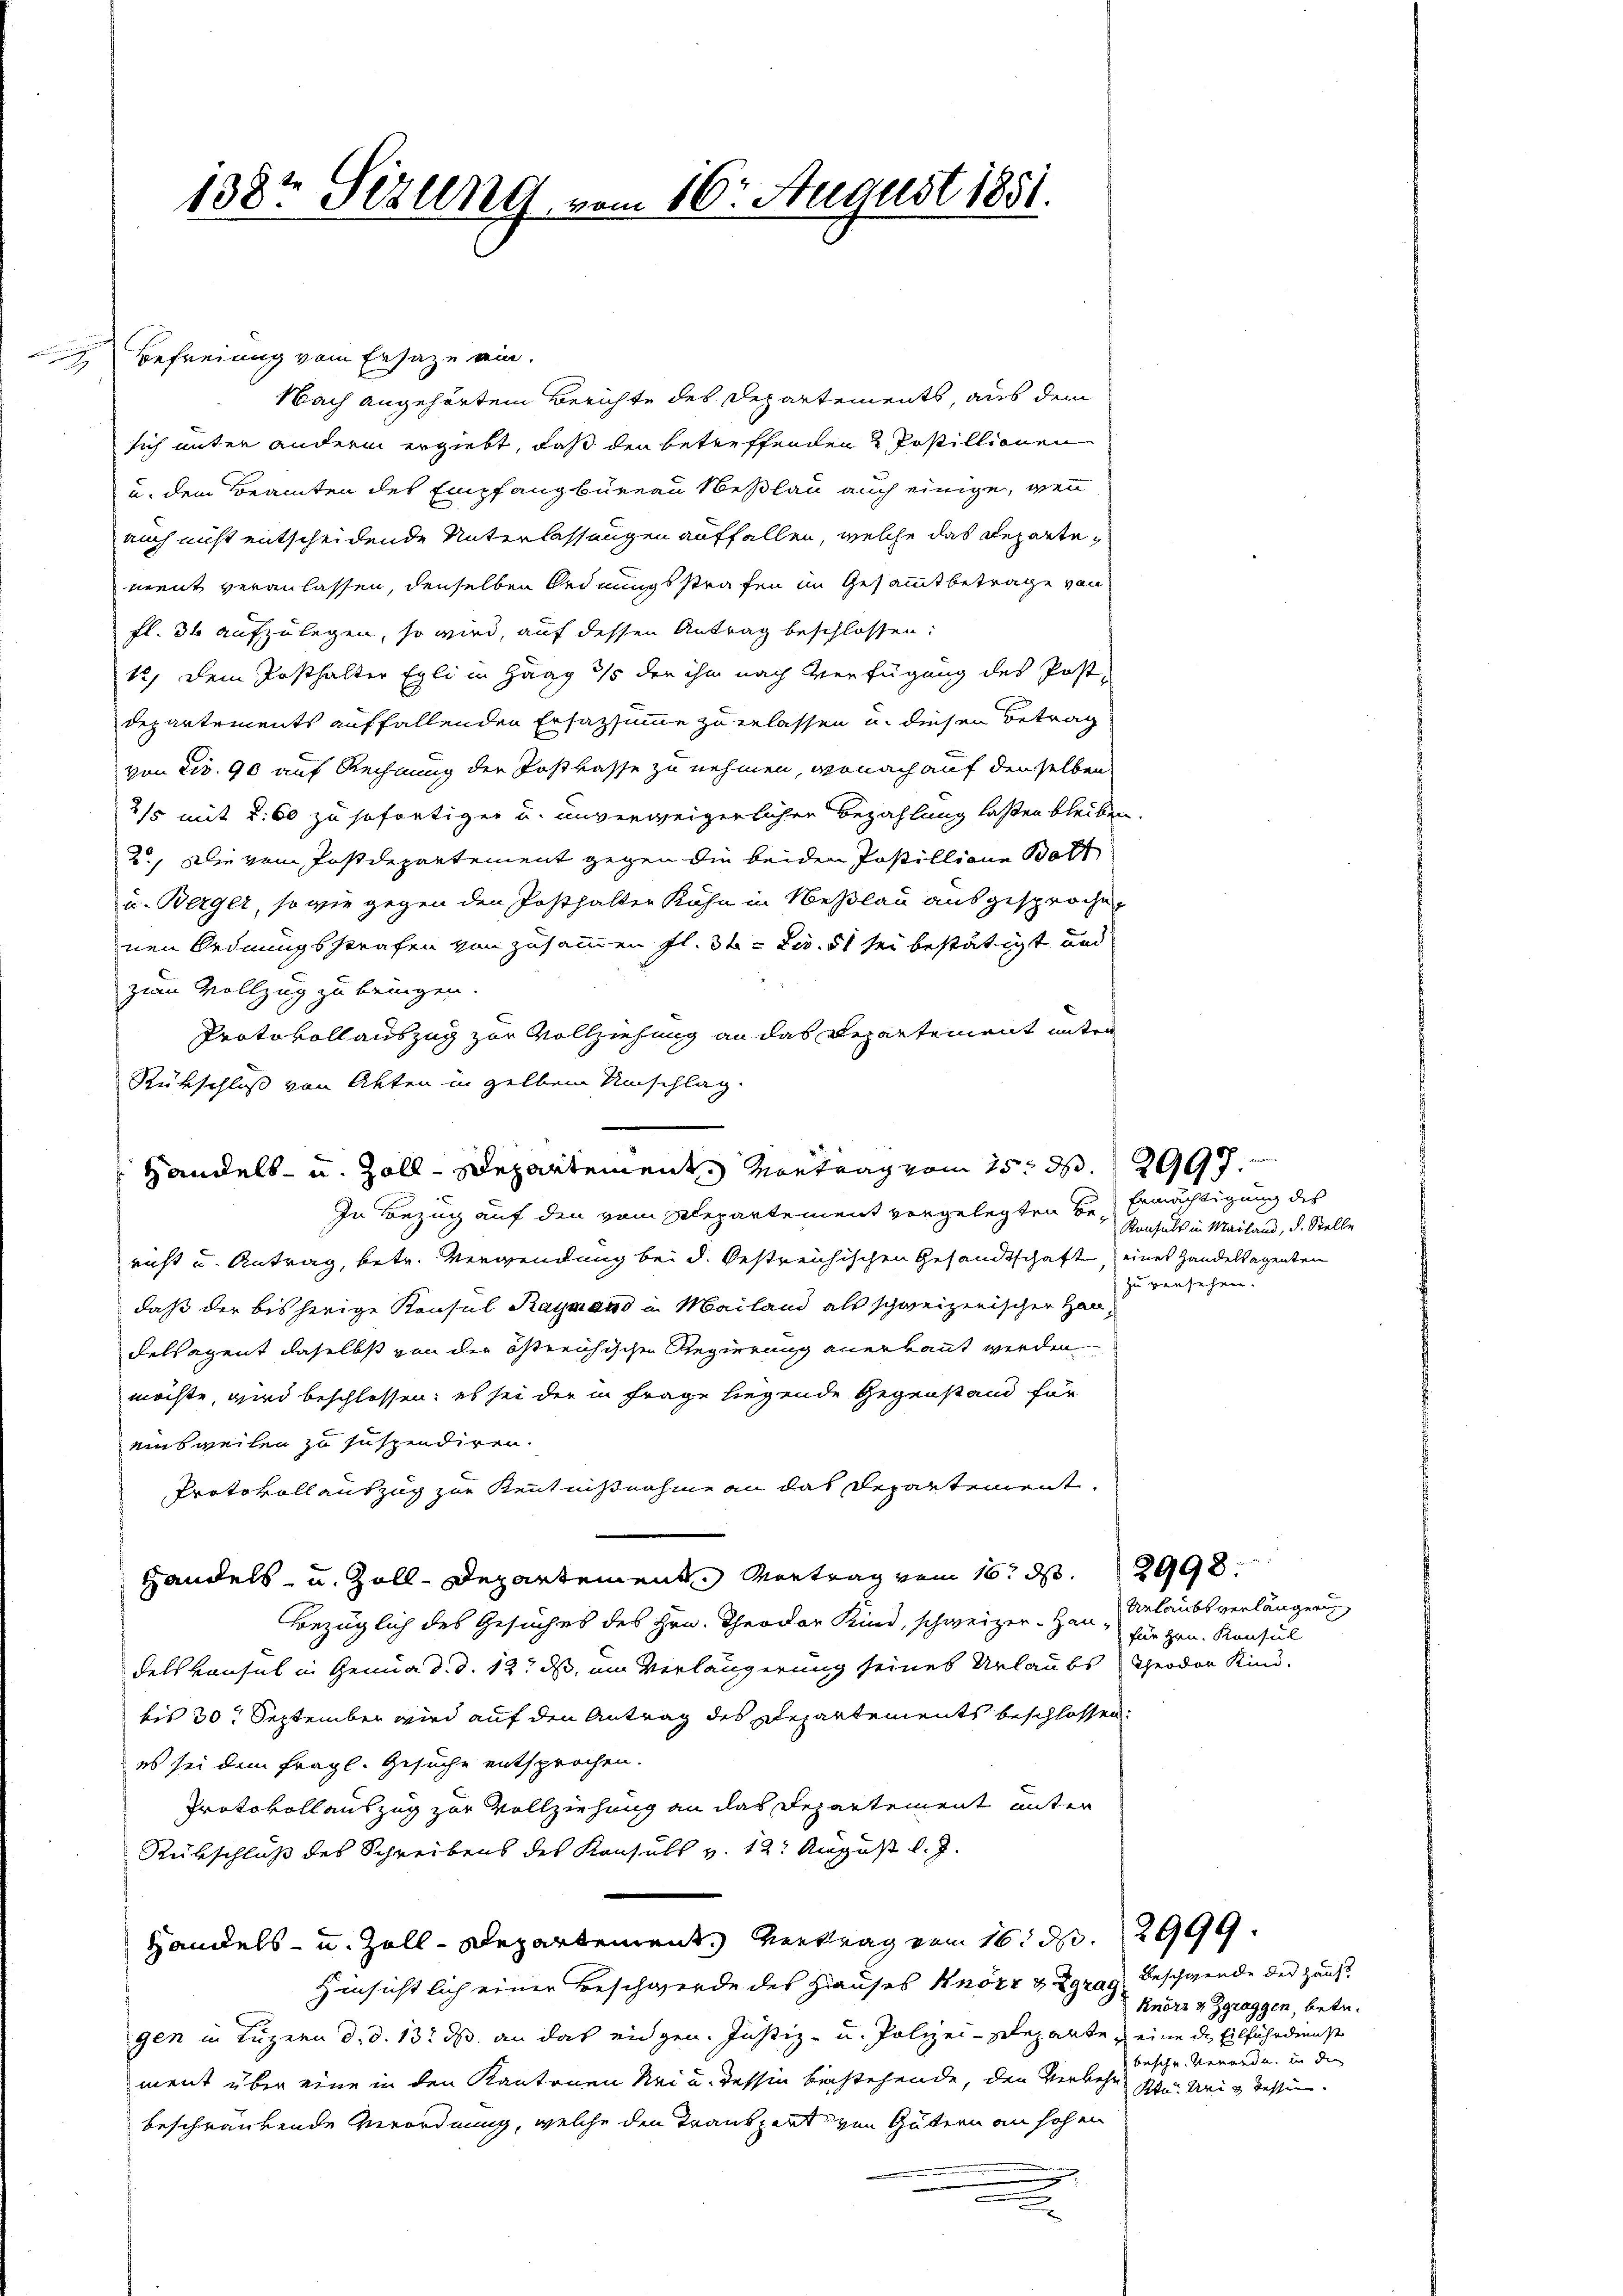
n

138t Sizung vom 16. August 1881.

Befreiung vom Ersatze ein.
Nach angehörten Berichte des Departements, aus dem
sich unter andern ergiebt, daß den betreffenden 2 Postillionen
u. dem Beamten des Empfang büreau Neßlau auch einige, wenn
auch nicht entscheidende Unterlassungen auffallen, welche das Repartement veranlassen, denselben Ordnungsstrafen im Gesammtbetrage von
fl. 34 aufzulegen, so wird, auf dessen Antrag beschlossen:
12) Dem Posthalter Egli in Haag 3/5 der ihm nach Verfügung des Post-
Departements auffallenden Ersazsumme zu erlassen u. diesen Betrag
von cir. 90 auf Rechnung der Postkasse zu nehmen, wonach auf denselben
2/5 mit u. 60 zu sofortiger u. unverweigerlichen Bezahlung lasten bleiben
2.) Die vom Postdepartement gegen die beiden Jostillione Bolt
u. Berger, so wie gegen den Posthalten Köhn in Neßlau ausgesprochen
nen Ordnungsstrafen von zusammen fl. 31. zw. t sei bestätigt und
zum Vollzug zu bringen.
Protokoll auszug zur Vollziehung an das Departement unter
Rükschluß von Akten in selben Umschlag.
In Bezug auf den vom Departement vorgelegten Be- Ermächtigung des
richt u. Antrag, betr. Verwendung bei d. bestreichischen Gesandtschaft, eines Handelsagenten
daß der bisherige Konsul Raymand u. Mailand als schweizerischen Han¬
Felsagent daselbst von der östreichischen Regierung anerkannt werden
möchte, wird beschlossen; es sei der in Frage liegende Gegenstand für
einsweilen zu suspendiren.
Protokoll auszug zur Kenntnißnahme an das Departement.
Handels- u. Zoll-Departement. Vortrag vom 16. ds.
Bezüglich des Gesuches des Hrn. Theodor Kind, schweizer-Hau Urlaubs verlängerung
delskonsul in Genua d. d. 12. ds, um Verlängerung seines Urlaubs Theodor Kind.
bis 30 September wird auf den Antrag des Departements beschlossen:
es sei dem fragl. Gesuche entsprochen.
Protokollauszug zur Vollziehung an das Departement unter
Rübschluß des Schreibens des Konsuls v. 12. August l. J.
Handels- u. Zoll-Departement. Vertrag vom 16. d. 2999.
Hinsichtlich einer Beschwerde des Hauses Knörz & Zgrag Beschwende der Haus,
gen in Luzern d. d. 13. ds. an das eidgen. Justiz- u. Polizei-Reparte, eine die Eilfährdienst
ment über eine in den Kantonen Nei u. dessen bestehende, den Verkehr in Ursy dessen.
beschränkende Verordnung, welche den Transport von Gütern an hohen
.

Handels- u. Zoll-Departement Montrag vom 15. d. 2997.

Konsuls in Mailand, d. Stelle
zu versehen.

2998.

für Hrn. Konsul

Knöri & Zgraggen, betr.
besch u. Verorden in die